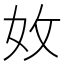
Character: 𡛇